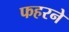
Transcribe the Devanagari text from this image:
फहरने